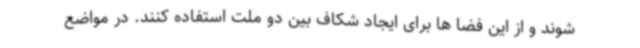
شوند و از این فضا ها برای ایجاد شکاف بین دو ملت استفاده کنند. در مواضع